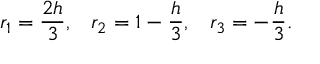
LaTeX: r _ { 1 } = \frac { 2 h } { 3 } , \; \; \; r _ { 2 } = 1 - \frac { h } { 3 } , \; \; \; r _ { 3 } = - \frac { h } { 3 } .